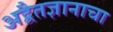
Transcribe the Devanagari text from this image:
अद्वैतज्ञानाचा